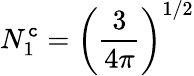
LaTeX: N_{1}^{\mathtt{c}}=\left({\frac{{3}}{{4\pi}}}\right)^{1/2}